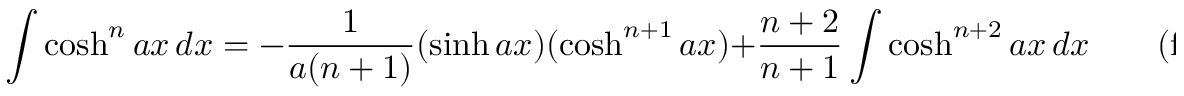
\int \cosh ^ { n } a x \, d x = - { \frac { 1 } { a ( n + 1 ) } } ( \sinh a x ) ( \cosh ^ { n + 1 } a x ) + { \frac { n + 2 } { n + 1 } } \int \cosh ^ { n + 2 } a x \, d x \qquad { \mathrm { ( f o r ~ } } n < 0 { \mathrm { , ~ } } n \neq - 1 { \mathrm { ) } }